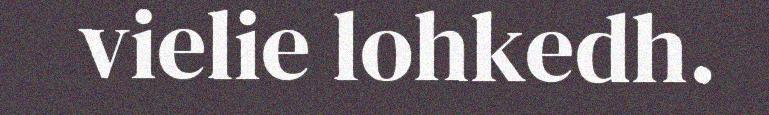
vielie lohkedh.